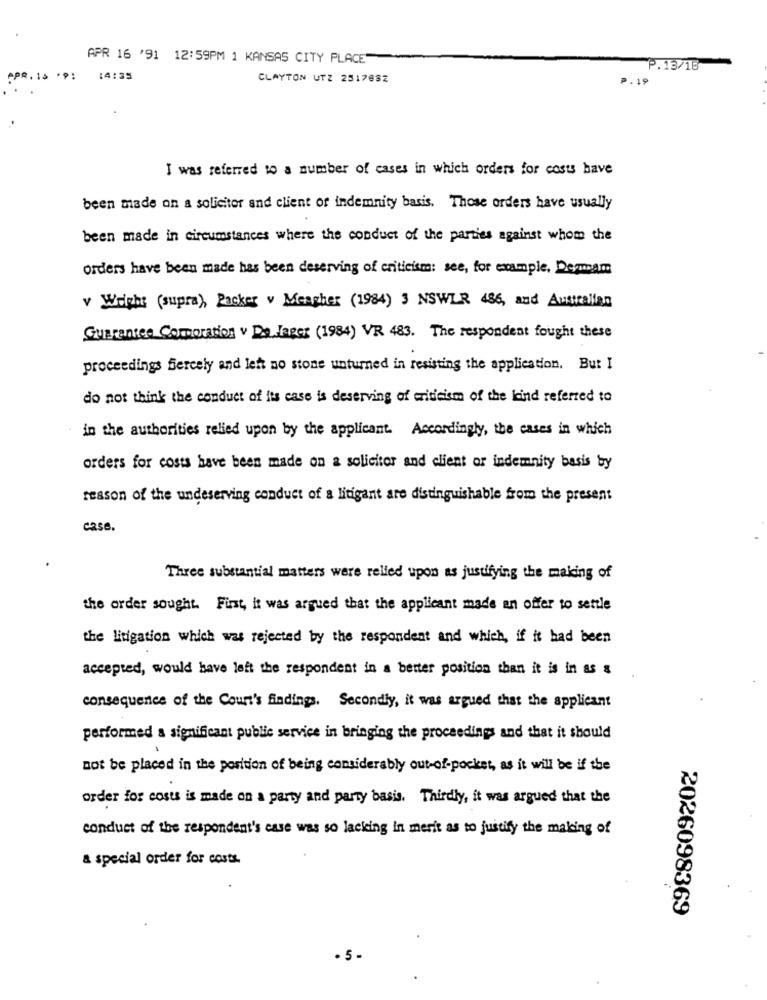
APR 16 '91 12:59PM 1 KANSAS CITY PLACE"
P.13/18
APR. 15 .9:
14:35
CLAYTON UTZ 2317832
P.19
I was referred to a number of cases in which orders for costs have
been made on a solicitor and client of indemnity basis. Those orders have usually
been made in circumstances where the conduct of the parties against whom the
orders have been made has been deserving of criticism: see, for example, Demmam
v Wright (supra), Packer v Meagher (1984) 3 NSWLR 486, and Australian
Guarantee Corporation v De Jager (1984) VR 483. The respondent fought these
proceedings fiercely and let no stone unturned in resisting the application. But I
do not think the conduct of its case is deserving of criticism of the kind referred to
in the authorities relied upon by the applicant. Accordingly, the cases in which
orders for costs have been made on a solicitor and client or indemnity basis by
reason of the undeserving conduct of a litigant are distinguishable from the present
case.
Three substantial matters were relied upon as justifying the making of
the order sought. First, it was argued that the applicant made an offer to settle
the litigation which was rejected by the respondent and which, if it had been
accepted, would have left the respondent in a better position than it is in as &
consequence of the Court's findings. Secondly, it was argued that the applicant
performed a significant public service in bringing the proceedings and that it should
not be placed in the porition of being considerably out-of-pocket, as it will be if the
order for costs is made on a party and party basis. Thirdly, it was argued that the
conduct of the respondent's case was so lacking in merit as to justify the making of
& special order for costs.
2026098369